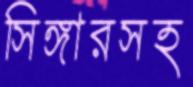
সিঙ্গারসহ